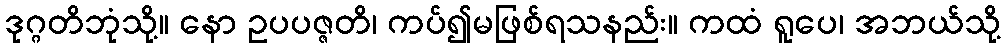
ဒုဂ္ဂတိဘုံသို့။ နော ဥပပဇ္ဇတိ၊ ကပ်၍မဖြစ်ရသနည်း။ ကထံ ရူပေ၊ အဘယ်သို့